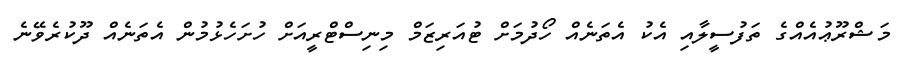
މަޝްރޫޢުއެއްގެ ތަފުސީލާއި އެކު އެތަނެއް ހޯދުމަށް ޓުއަރިޒަމް މިނިސްޓްރީއަށް ހުށަހެޅުމުން އެތަނެއް ދޫކުރެވޭނެ